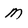
Character: M